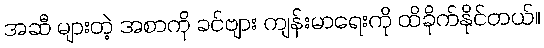
အဆီ များတဲ့ အစာကို ခင်ဗျား ကျန်းမာရေးကို ထိခိုက်နိုင်တယ်။